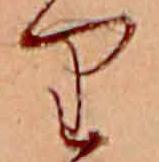
り